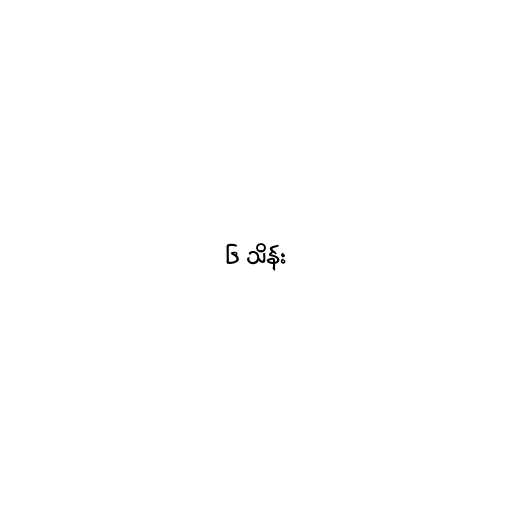
၆ သိန်း